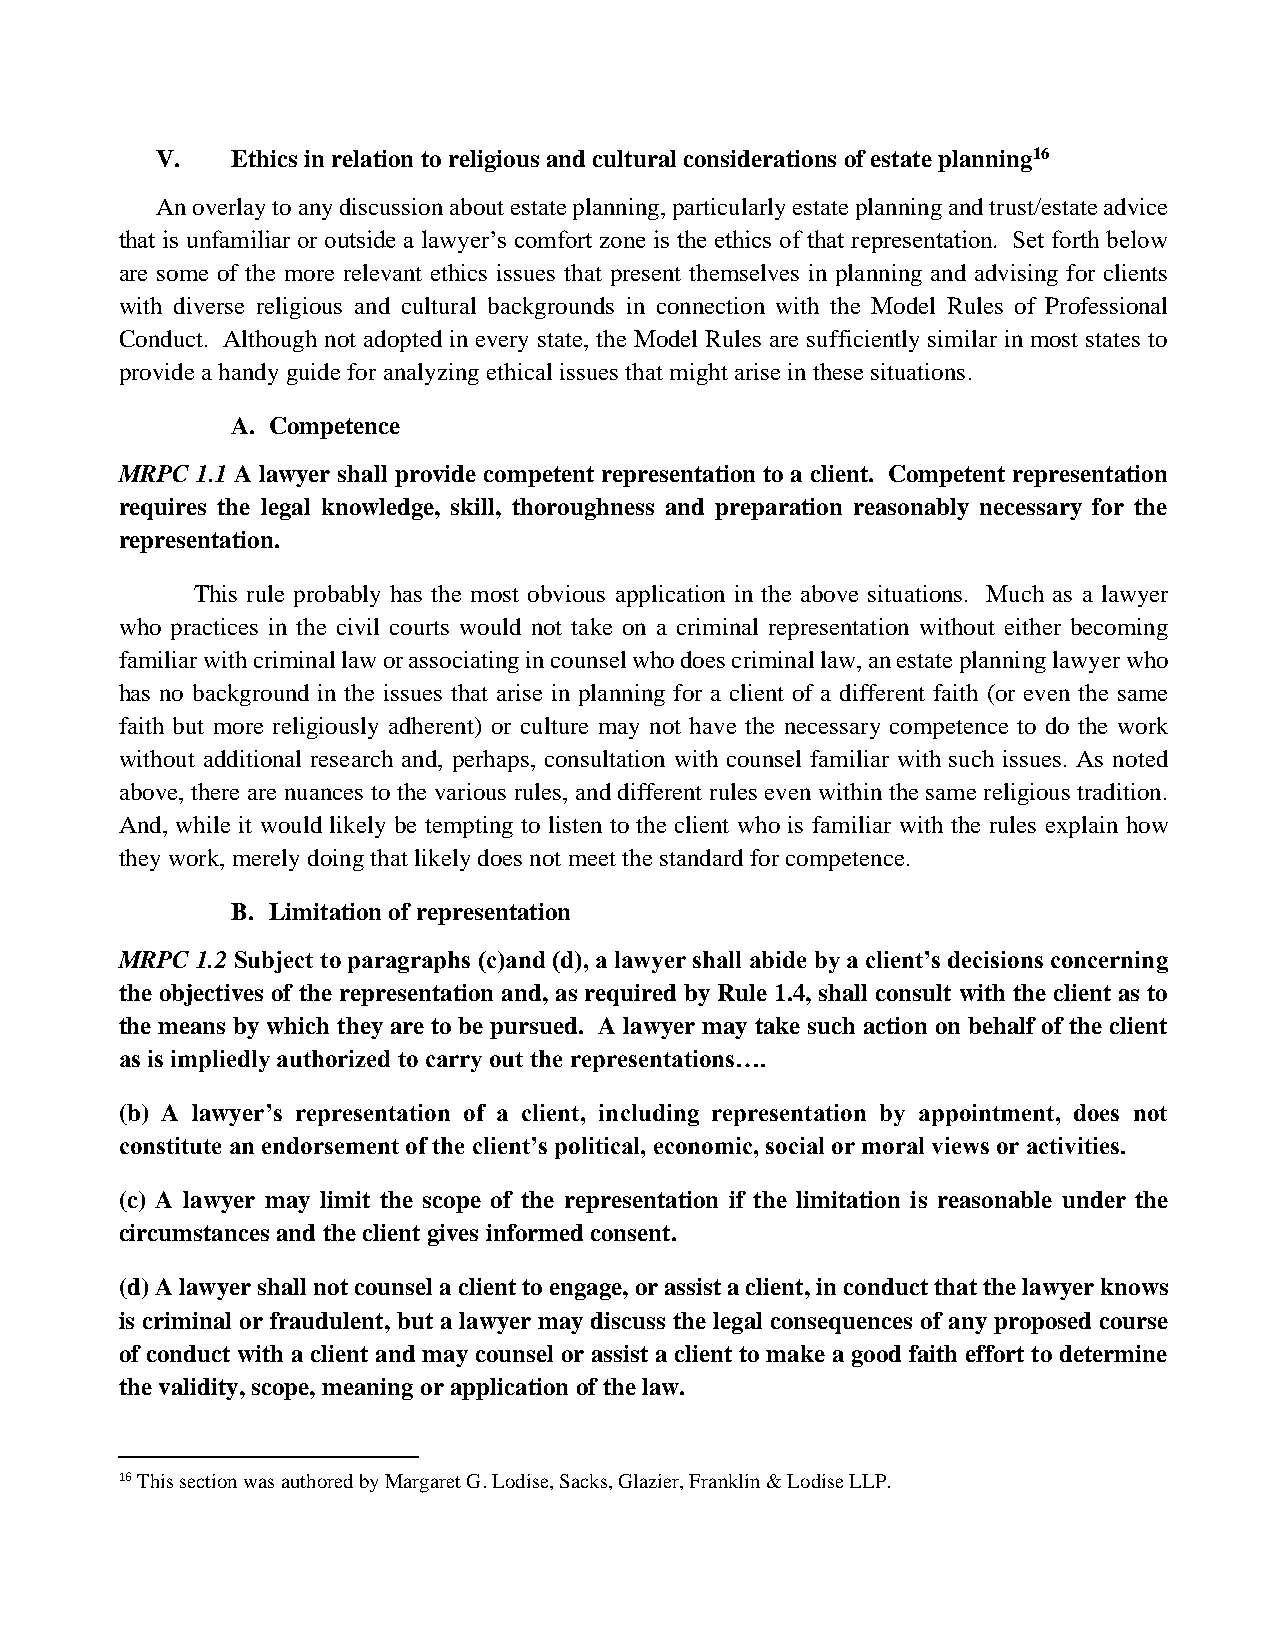
V.   Ethics in relation to religious and cultural considerations of estate planning16
 An overlay to any discussion about estate planning, particularly estate planning and trust/estate advice
 that is unfamiliar or outside a lawyer’s comfort zone is the ethics of that representation. Set forth below
 are some of the more relevant ethics issues that present themselves in planning and advising for clients
 with diverse religious and cultural backgrounds in connection with the Model Rules of Professional
 Conduct. Although not adopted in every state, the Model Rules are sufficiently similar in most states to
 provide a handy guide for analyzing ethical issues that might arise in these situations.
 A. Competence
 MRPC 1.1 A lawyer shall provide competent representation to a client. Competent representation
 requires the legal knowledge, skill, thoroughness and preparation reasonably necessary for the
 representation.
 This rule probably has the most obvious application in the above situations. Much as a lawyer
 who practices in the civil courts would not take on a criminal representation without either becoming
 familiar with criminal law or associating in counsel who does criminal law, an estate planning lawyer who
 has no background in the issues that arise in planning for a client of a different faith (or even the same
 faith but more religiously adherent) or culture may not have the necessary competence to do the work
 without additional research and, perhaps, consultation with counsel familiar with such issues. As noted
 above, there are nuances to the various rules, and different rules even within the same religious tradition.
 And, while it would likely be tempting to listen to the client who is familiar with the rules explain how
 they work, merely doing that likely does not meet the standard for competence.
 B. Limitation of representation
 MRPC 1.2 Subject to paragraphs (c)and (d), a lawyer shall abide by a client’s decisions concerning
 the objectives of the representation and, as required by Rule 1.4, shall consult with the client as to
 the means by which they are to be pursued. A lawyer may take such action on behalf of the client
 as is impliedly authorized to carry out the representations….
 (b) A lawyer’s representation of a client, including representation by appointment, does not
 constitute an endorsement of the client’s political, economic, social or moral views or activities.
 (c) A lawyer may limit the scope of the representation if the limitation is reasonable under the
 circumstances and the client gives informed consent.
 (d) A lawyer shall not counsel a client to engage, or assist a client, in conduct that the lawyer knows
 is criminal or fraudulent, but a lawyer may discuss the legal consequences of any proposed course
 of conduct with a client and may counsel or assist a client to make a good faith effort to determine
 the validity, scope, meaning or application of the law.
 16 This section was authored by Margaret G. Lodise, Sacks, Glazier, Franklin & Lodise LLP.